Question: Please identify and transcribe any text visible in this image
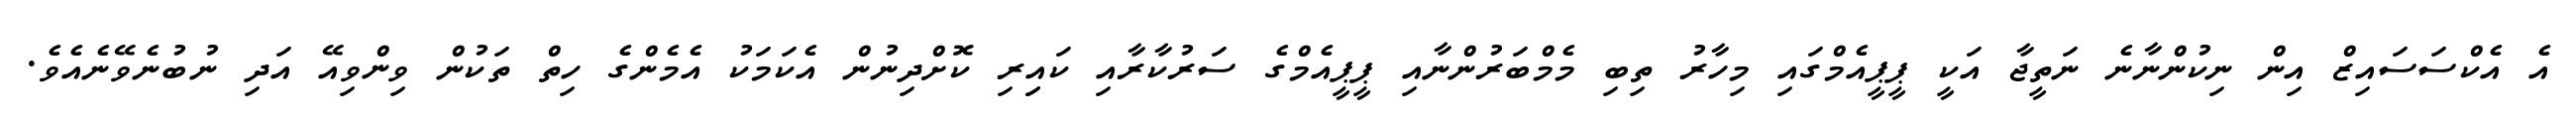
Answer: އެ އެކްސަސައިޒް އިން ނިކުންނާނެ ނަތީޖާ އަކީ ޕީޕީއެމްގައި މިހާރު ތިބި މެމްބަރުންނާއި ޕީޕީއެމްގެ ސަރުކާރާއި ކައިިރި ކޮށްދިނުން އެކަމަކު އެމެންގެ ހިތް ތަކުން ވިންވިއޭ އަދި ނުބުނެވޭނެއެވެ.